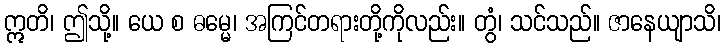
ဣတိ၊ ဤသို့။ ယေ စ ဓမ္မေ၊ အကြင်တရားတို့ကိုလည်း။ တွံ၊ သင်သည်။ ဇာနေယျာသိ၊